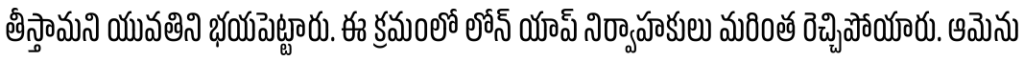
తీస్తామని యువతిని భయపెట్టారు. ఈ క్రమంలో లోన్ యాప్ నిర్వాహకులు మరింత రెచ్చిపోయారు. ఆమెను